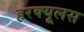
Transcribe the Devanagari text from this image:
हरक्‍यूलस